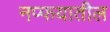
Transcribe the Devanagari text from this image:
नप्फयातील